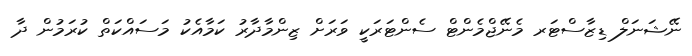
ނޭޝަނަލް ޑިޒާސްޓަރ މެނޭޖްމެންޓް ސެންޓަރަކީ ވަރަށް ޒިންމާދާރު ކަމާއެކު މަސައްކަތް ކުރަމުން ދާ